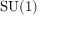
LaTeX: \mathrm { S U } ( 1 )